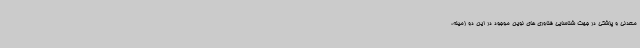
معدنی و پزشکی در جهت شناسایی فناوری های نوین موجود در این دو زمینه،